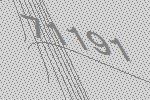
71191